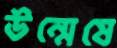
উন্মেষে